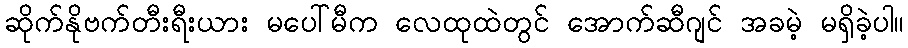
ဆိုက်နိုဗက်တီးရီးယား မပေါ်မီက လေထုထဲတွင် အောက်ဆီဂျင် အခမဲ့ မရှိခဲ့ပါ။